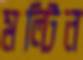
মল্টিন